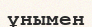
ұнымен